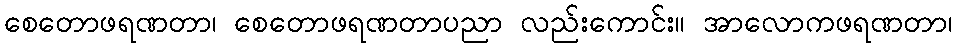
စေတောဖရဏတာ၊ စေတောဖရဏတာပညာ လည်းကောင်း။ အာလောကဖရဏတာ၊